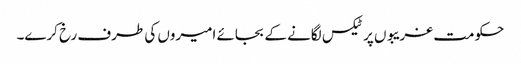
حکومت غریبوں پر ٹیکس لگانے کے بجائے امیروں کی طرف رخ کرے۔